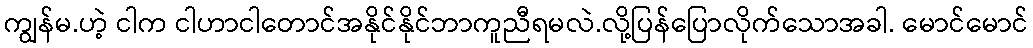
ကျွန်မ.ဟဲ့ ငါက ငါဟာငါတောင်အနိုင်နိုင်ဘာကူညီရမလဲ.လို့ပြန်ပြောလိုက်သောအခါ. မောင်မောင်